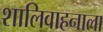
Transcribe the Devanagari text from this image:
शालिवाहनाला